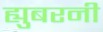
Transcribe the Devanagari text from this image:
ह्युबरनी